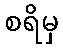
စရိမှ